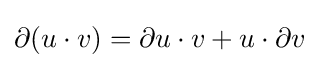
\partial (u\cdot v)=\partial u\cdot v+u\cdot \partial v